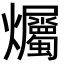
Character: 爥